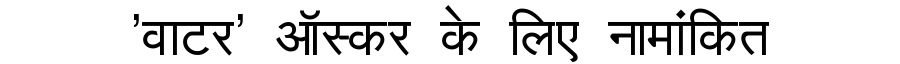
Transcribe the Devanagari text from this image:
'वाटर' ऑस्कर के लिए नामांकित